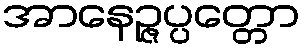
အာနေဉ္ဇပ္ပတ္တော